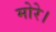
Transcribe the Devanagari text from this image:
मोरे।